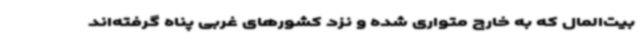
بیت‌المال که به خارج متواری شده و نزد کشورهای غربی پناه گرفته‌اند